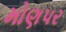
મોણપર